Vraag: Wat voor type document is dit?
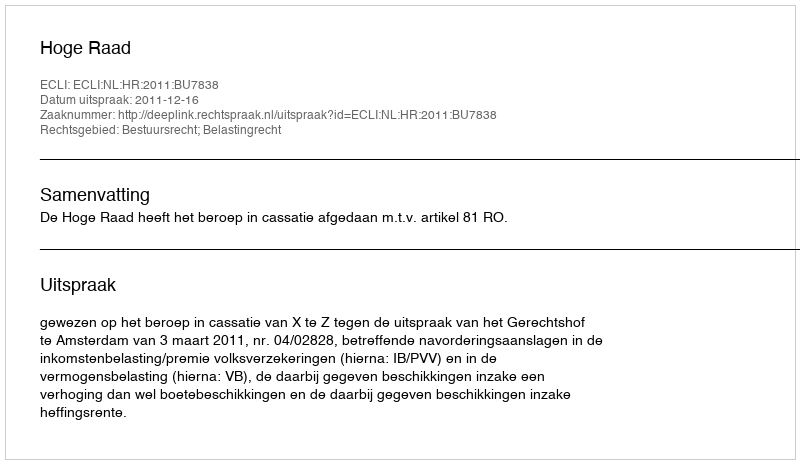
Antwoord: Uitspraak